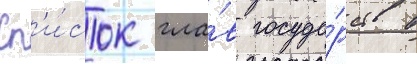
Сп'и́сок гла́в госуда́рств в